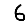
Digit: 6